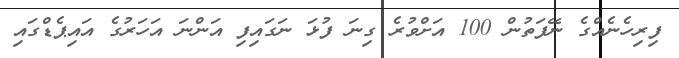
ފިރިހެނެއްގެ ނޭފަތުން 100 އަށްވުރެ ގިނަ ފުޅަ ނަގައިފި އަންނަ އަހަރުގެ އައިޕެޑްގައި